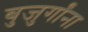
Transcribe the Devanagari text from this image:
बुजुर्गांना